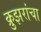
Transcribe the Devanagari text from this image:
क्रुझरांचा